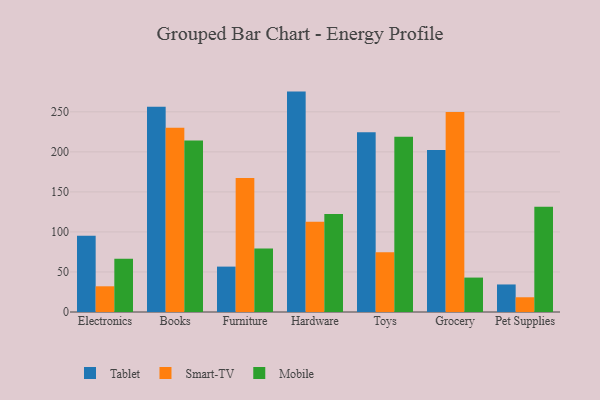
{"axis": {"x": "Category", "y": "Conversion Rate (%)"}, "legend": ["Mobile", "Smart-TV", "Tablet"], "data": [{"x": "Electronics", "y": 95.3, "type": "Tablet"}, {"x": "Electronics", "y": 32.1, "type": "Smart-TV"}, {"x": "Electronics", "y": 66.6, "type": "Mobile"}, {"x": "Books", "y": 256.4, "type": "Tablet"}, {"x": "Books", "y": 230.1, "type": "Smart-TV"}, {"x": "Books", "y": 214.2, "type": "Mobile"}, {"x": "Furniture", "y": 56.7, "type": "Tablet"}, {"x": "Furniture", "y": 167.4, "type": "Smart-TV"}, {"x": "Furniture", "y": 79.4, "type": "Mobile"}, {"x": "Hardware", "y": 275.3, "type": "Tablet"}, {"x": "Hardware", "y": 112.6, "type": "Smart-TV"}, {"x": "Hardware", "y": 122.4, "type": "Mobile"}, {"x": "Toys", "y": 224.6, "type": "Tablet"}, {"x": "Toys", "y": 74.5, "type": "Smart-TV"}, {"x": "Toys", "y": 218.9, "type": "Mobile"}, {"x": "Grocery", "y": 202.3, "type": "Tablet"}, {"x": "Grocery", "y": 249.8, "type": "Smart-TV"}, {"x": "Grocery", "y": 43.0, "type": "Mobile"}, {"x": "Pet Supplies", "y": 34.4, "type": "Tablet"}, {"x": "Pet Supplies", "y": 18.4, "type": "Smart-TV"}, {"x": "Pet Supplies", "y": 131.4, "type": "Mobile"}]}